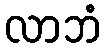
လာဘံ